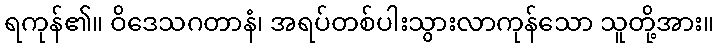
ရကုန်၏။ ဝိဒေသဂတာနံ၊ အရပ်တစ်ပါးသွားလာကုန်သော သူတို့အား။